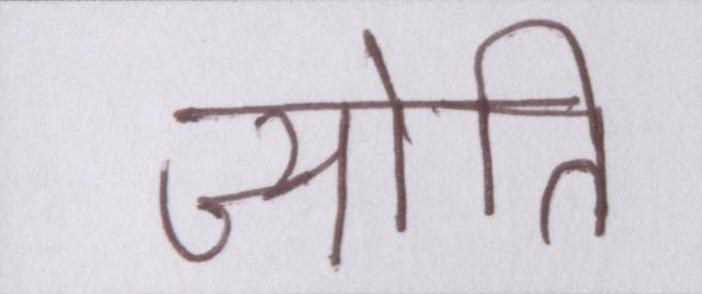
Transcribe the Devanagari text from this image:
ज्योति